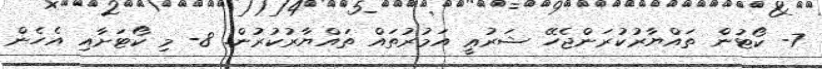
7- ކޯޓުން ތައްޔާރުކުރަންޖެހޭ ޝަރުޢީ އަމުރުތައް ތައްޔާރުކުރުން. 8- މި ކޯޓަށާއި އެހެން